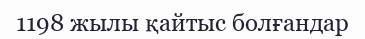
1198 жылы қайтыс болғандар